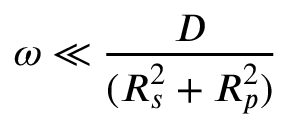
\omega \ll \frac { D } { ( R _ { s } ^ { 2 } + R _ { p } ^ { 2 } ) }